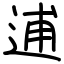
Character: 逋